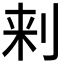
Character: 𰄯